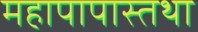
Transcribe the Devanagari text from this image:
महापापास्तथा